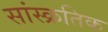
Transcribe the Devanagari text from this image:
सांस्क्रतिक